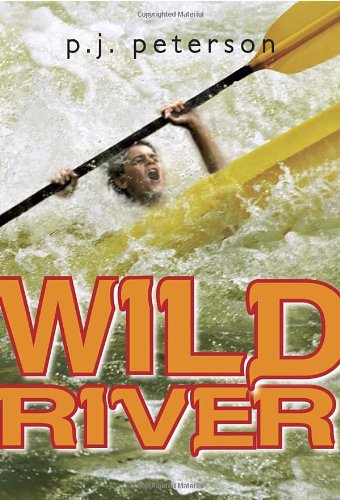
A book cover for Wild River; P.J. Petersen; Children's Books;